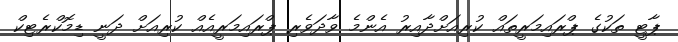
ޕާޓީ ތަކުގެ ޕްރައިމަރީތައް ކުރިއަށްދާއިރު އެންމެ ވާދަވެރި ޕްރައިމަރީއެއް ކުރިއަށް ދަނީ ޑިމޮކްރެޓިކް